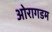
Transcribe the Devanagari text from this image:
ओरागडम